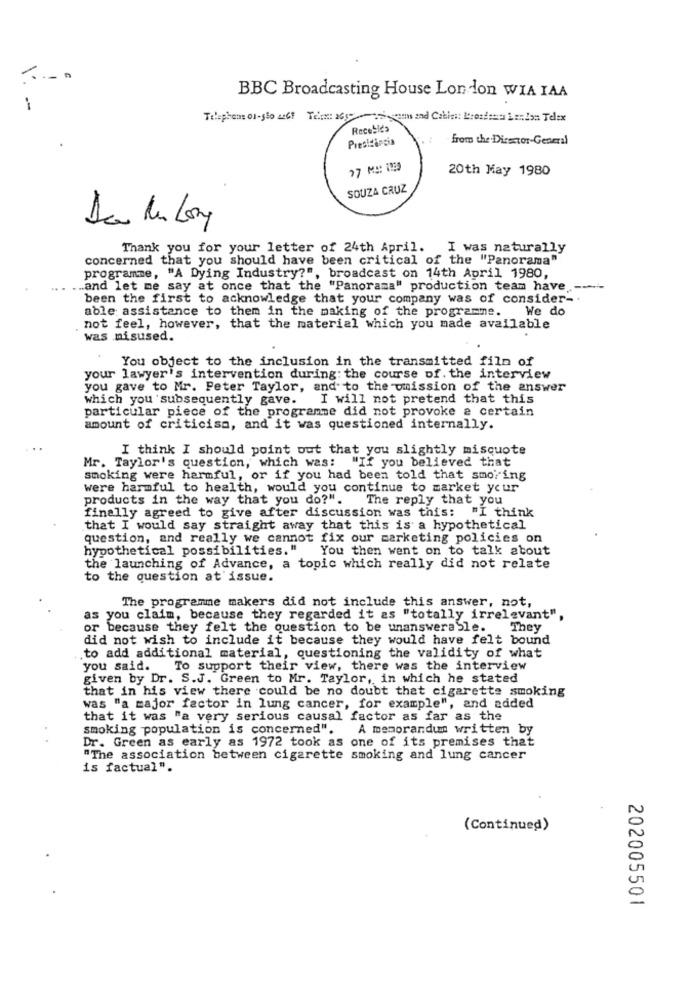
BBC Broadcasting House London WIA IAA
-
Recebido
from the Director-General
20th May 1980
SOUZA CRUZ
Thank you for your letter of 24th April.
I was naturally
concerned that you should have been critical of the "Panorama"
programme, "A Dying Industry?", broadcast on 14th April 1980,
... and let me say at once that the "Panorama" production team have -----
been the first to acknowledge that your company was of consider -.
able assistance to them in the making of the programme.
We do
not feel, however, that the material which you made available
was misused.
You object to the inclusion in the transmitted film of
your lawyer's intervention during the course of. the interview
you gave to Mr. Peter Taylor, and to the omission of the answer
which you subsequently gave. I will not pretend that this
particular piece of the programme did not provoke a certain
amount of criticism, and it was questioned internally.
I think I should point out that you slightly misquote
"If you believed that
Mr. Taylor's question, which was:
smoking were harmful, or if you had been told that smoking
were harmful to health, would you continue to market your
products in the way that you do?".
The reply that you
finally agreed to give after discussion was this: "I think
that I would say straight away that this is a hypothetical
question, and really we cannot fix our marketing policies on
hypothetical possibilities."
You then went on to talk about
the launching of Advance, a topic which really did not relate
to the question at issue.
The programme makers did not include this answer, not,
as you claim, because they regarded it as "totally irrelevant",
or because they felt the question to be unanswerable.
They
did not wish to include it because they would have felt bound
to add additional material, questioning the validity of what
you said.
To support their view, there was the interview
given by Dr. S.J. Green to Mr. Taylor, in which he stated
that in his view there could be no doubt that cigarette smoking
was "a major factor in lung cancer, for example", and added
that it was "a very serious causal factor as far as the
smoking population is concerned".
A memorandumm written by
Dr. Green as early as 1972 took as one of its premises that
"The association between cigarette smoking and lung cancer
is factual".
(Continued)
202005501